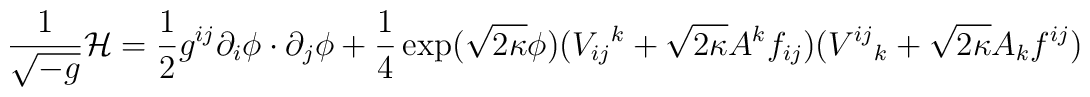
\frac{1}{\sqrt{-g}}{\cal H}=\frac{1}{2}g^{ij}\partial_i\phi\cdot\partial_j\phi+\frac{1}{4}\exp(\sqrt{2\kappa}\phi)(V_{ij}{}^k  +\sqrt{2\kappa}A^k f_{ij})(V^{ij}{}_k+\sqrt{2\kappa} A_k f^{ij})